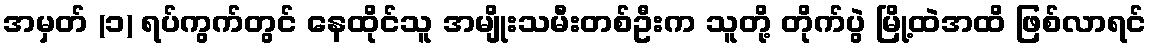
အမှတ် (၁) ရပ်ကွက်တွင် နေထိုင်သူ အမျိုးသမီးတစ်ဦးက သူတို့ တိုက်ပွဲ မြို့ထဲအထိ ဖြစ်လာရင်